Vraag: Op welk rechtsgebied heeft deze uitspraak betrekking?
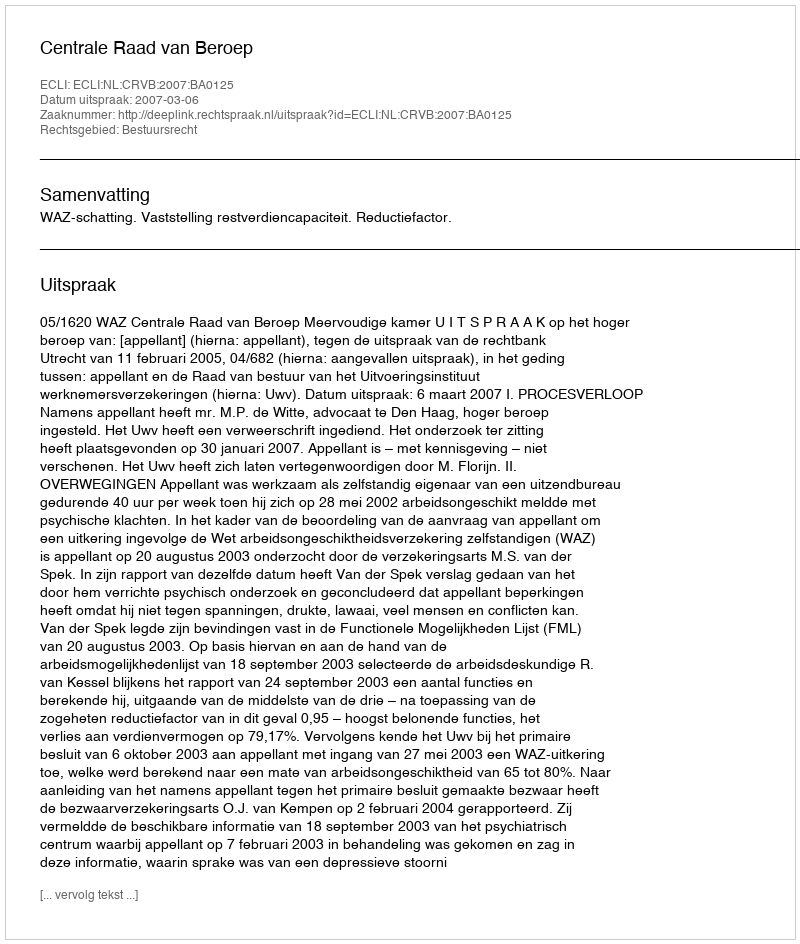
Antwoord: Bestuursrecht